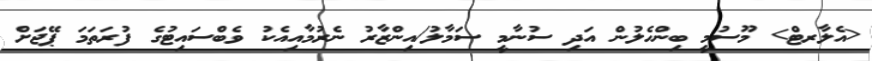
<އެލާރޓް> މޫސުމީ ބިންހެލުން އަދި ސުނާމީ ސަމާލު/އިންޒާރު ނެރުމާއިއެކު ވެބްސައިޓުގެ ފުރަތަމަ ޕޭޖަށް